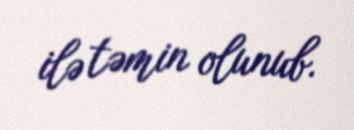
ilə təmin olunub.